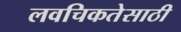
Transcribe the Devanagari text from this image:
लवचिकतेसाठी